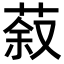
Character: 𮏽